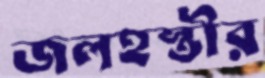
জলহস্তীর